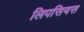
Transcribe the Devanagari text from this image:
लिपसियस